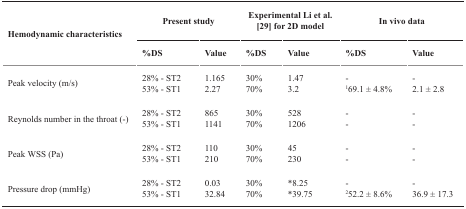
<table><thead><tr><td rowspan="2"><b>Hemodynamic characteristics</b></td><td colspan="2"><b>Present study</b></td><td colspan="2"><b>Experimental Li et al. [29] for 2D model</b></td><td colspan="2"><b>In vivo data</b></td></tr><tr><td><b>%DS</b></td><td><b>Value</b></td><td><b>%DS</b></td><td><b>Value</b></td><td><b>%DS</b></td><td><b>Value</b></td></tr></thead><tbody><tr><td rowspan="2">Peak velocity (m/s)</td><td>28% - ST2</td><td>1.165</td><td>30%</td><td>1.47</td><td>-</td><td>-</td></tr><tr><td>53% - ST1</td><td>2.27</td><td>70%</td><td>3.2</td><td><sup>1</sup>69.1 ± 4.8%</td><td>2.1 ± 2.8</td></tr><tr><td rowspan="2">Reynolds number in the throat (-)</td><td>28% - ST2</td><td>865</td><td>30%</td><td>528</td><td>-</td><td>-</td></tr><tr><td>53% - ST1</td><td>1141</td><td>70%</td><td>1206</td><td>-</td><td>-</td></tr><tr><td rowspan="2">Peak WSS (Pa)</td><td>28% - ST2</td><td>110</td><td>30%</td><td>45</td><td>-</td><td>-</td></tr><tr><td>53% - ST1</td><td>210</td><td>70%</td><td>230</td><td>-</td><td>-</td></tr><tr><td rowspan="2">Pressure drop (mmHg)</td><td>28% - ST2</td><td>0.03</td><td>30%</td><td>*8.25</td><td>-</td><td>-</td></tr><tr><td>53% - ST1</td><td>32.84</td><td>70%</td><td>*39.75</td><td><sup>2</sup>52.2 ± 8.6%</td><td>36.9 ± 17.3</td></tr></tbody></table>